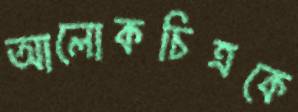
আলোকচিত্রকে